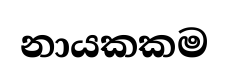
නායකකම